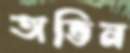
অভিন